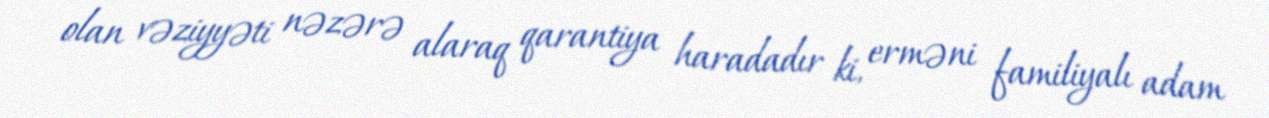
olan vəziyyəti nəzərə alaraq qarantiya haradadır ki, erməni familiyalı adam